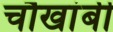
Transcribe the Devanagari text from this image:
चौखांबी